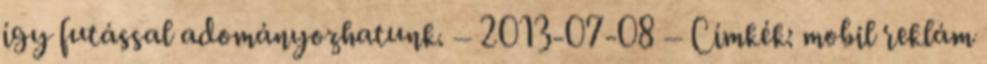
így futással adományozhatunk. – 2013-07-08 – Címkék: mobil reklám